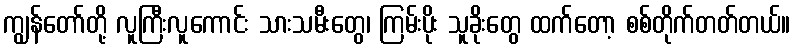
ကျွန်တော်တို့ လူကြီးလူကောင်း သားသမီးတွေ၊ ကြမ်းပိုး သူခိုးတွေ ထက်တော့ စစ်တိုက်တတ်တယ်။